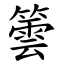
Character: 䉙